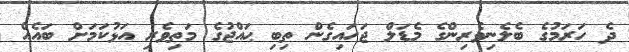
ދެ ހަރަމުގެ ބެލެނިވެރިންގެ މެޑަލް ޖަހައިގެން ތިބި ޙައްޖުގެ މަތިވެރި އަޅުކަމަށް ބައެއް